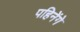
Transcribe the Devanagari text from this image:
पहिनेंगे